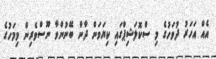
އެއް އަހަރު ދުވަހުގެ މި ސްކޮލަޝިޕްގައި ކިޔަވަން ދާން ބޭނުންވާ ނޫސްވެރިން މިމަހުގެ